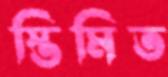
স্তিমিত